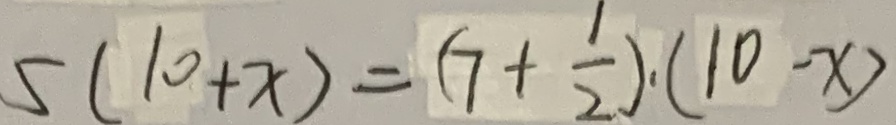
5 ( 1 0 + x ) = ( 7 + \frac { 1 } { 2 } ) \cdot ( 1 0 - x )